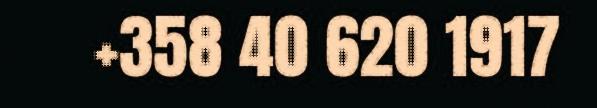
+358 40 620 1917